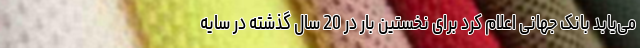
می‌یابد بانک جهانی اعلام کرد برای نخستین بار در 20 سال گذشته در سایه